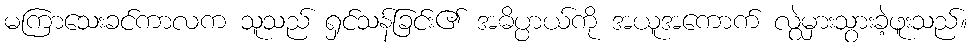
မကြာသေးခင်ကာလက သူသည် ရှင်သန်ခြင်း၏ အဓိပ္ပာယ်ကို အယူအကောက် လွဲမှားသွားခဲ့ဖူးသည်။